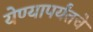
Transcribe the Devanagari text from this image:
येण्यापर्यंतचे